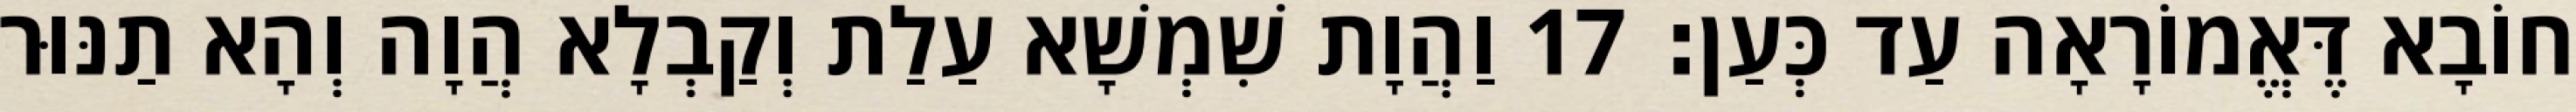
חוֹבָא דֶּאֱמוֹרָאָה עַד כְּעַן׃ 17 וַהֲוָת שִׁמְשָׁא עַלַת וְקַבְלָא הֲוָה וְהָא תַנּוּר